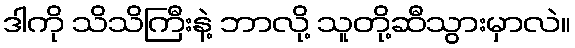
ဒါကို သိသိကြီးနဲ့ ဘာလို့ သူတို့ဆီသွားမှာလဲ။